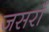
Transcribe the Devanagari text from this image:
जसराँ